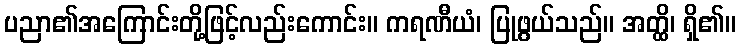
ပညာ၏အကြောင်းတို့ဖြင့်လည်းကောင်း။ ကရဏီယံ၊ ပြုဖွယ်သည်။ အတ္ထိ၊ ရှိ၏။